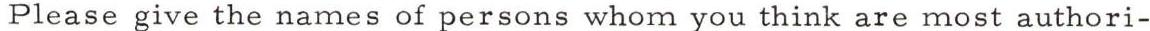
Please give the names of persons whom you think are most authori-